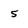
Character: 5